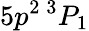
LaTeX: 5p^{2}\, ^{3}P_{1}